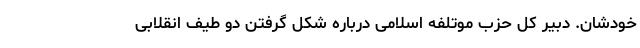
خودشان. دبیر کل حزب موتلفه اسلامی درباره شکل گرفتن دو طیف انقلابی